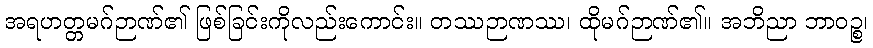
အရဟတ္တမဂ်ဉာဏ်၏ ဖြစ်ခြင်းကိုလည်းကောင်း။ တဿဉာဏဿ၊ ထိုမဂ်ဉာဏ်၏။ အဘိညာ ဘာဝဉ္စ၊